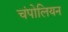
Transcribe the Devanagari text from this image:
चंपोलियन